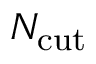
N _ { \mathrm { c u t } }